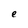
Character: e